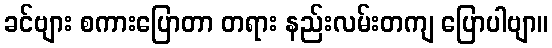
ခင်ဗျား စကားပြောတာ တရား နည်းလမ်းတကျ ပြောပါဗျာ။